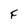
Character: F